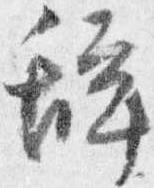
辞